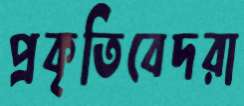
প্রকৃতিবেদরা